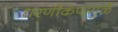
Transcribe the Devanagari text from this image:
धरणीकंपामुळे